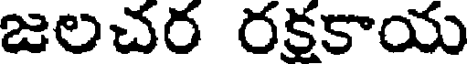
జలచర రకకాయ